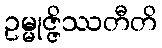
ဥမ္မုဇ္ဇိဿတီတိ